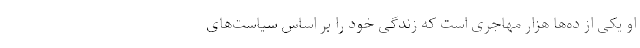
او یکی از ده‌ها هزار مهاجری است که زندگی خود را بر اساس سیاست‌های